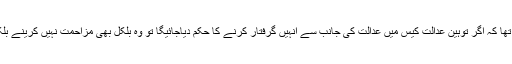
عمران خان کا مزید کہنا تھا کہ اگر توہین عدالت کیس میں عدالت کی جانب سے انہیں گرفتار کرنے کا حکم دیاجائیگا تو وہ بلکل بھی مزاحمت نہیں کرینے بلکہ گرفتاری دے دیںگے۔